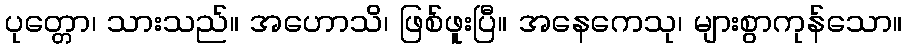
ပုတ္တော၊ သားသည်။ အဟောသိ၊ ဖြစ်ဖူးပြီ။ အနေကေသု၊ များစွာကုန်သော။